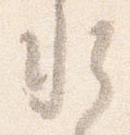
水